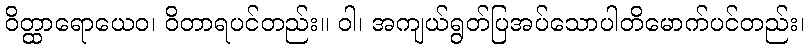
ဝိတ္ထာရောယေဝ၊ ဝိတာရပင်တည်း။ ဝါ၊ အကျယ်ရွတ်ပြအပ်သောပါတိမောက်ပင်တည်း၊